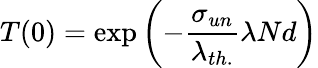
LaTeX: T(0)=\mathrm{exp}\left(-{\frac{\sigma_{un}}{\lambda_{th.}}}\lambda Nd\right)